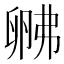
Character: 𱑚